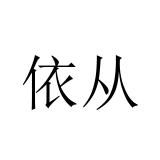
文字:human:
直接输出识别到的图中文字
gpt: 依从